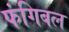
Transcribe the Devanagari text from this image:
फंगिबल